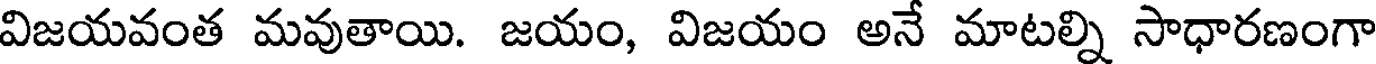
విజయవంత మవుతాయి. జయం, విజయం అనే మాటల్ని సాధారణంగా